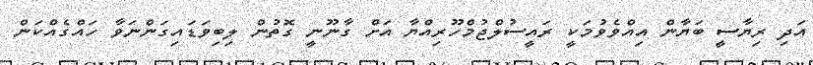
އަދި ރިޔާސީ ބަޔާން އިއްވެވުމަކީ ރައީސުލްޖުމްހޫރިއްޔާ އަށް ގާނޫނީ ގޮތުން ލިބިވަޑައިގަންނަވާ ހައްގެއްކަން